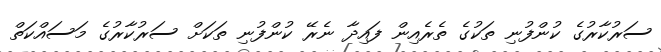
ސަރުކާރުގެ ކުންފުނި ތަކުގެ ތެރެއިން ފައިދާ ނެރޭ ކުންފުނި ތަކަށް ސަރުކާރުގެ މަސައްކަތް